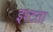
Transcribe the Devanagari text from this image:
इश्टता